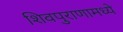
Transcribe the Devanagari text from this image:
शिवपुराणामध्ये